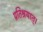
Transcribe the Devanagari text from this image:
प्रतिश्रयात्।